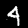
Digit: 4